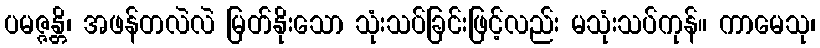
ပမဇ္ဇန္တိ၊ အဖန်တလဲလဲ မြတ်နိုးသော သုံးသပ်ခြင်းဖြင့်လည်း မသုံးသပ်ကုန်။ ကာမေသု၊